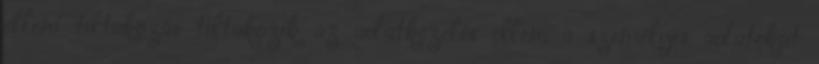
elleni tiltakozás tiltakozik az adatkezelés ellen; a személyes adatokat